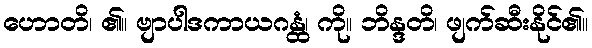
ဟောတိ၊ ၏။ ဗျာပါဒကာယဂန္ထံ၊ ကို။ ဘိန္ဒတိ၊ ဖျက်ဆီးနိုင်၏။